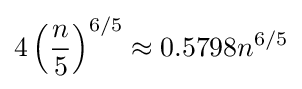
4\left({\frac {n}{5}}\right)^{6/5}\approx 0.5798n^{6/5}